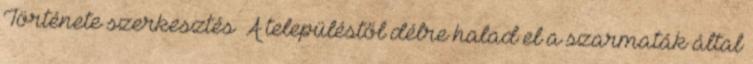
Története szerkesztés A településtől délre halad el a szarmaták által